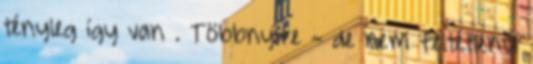
tényleg így van . Többnyire - de nem feltétlenül